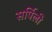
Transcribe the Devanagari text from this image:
सर्पिली